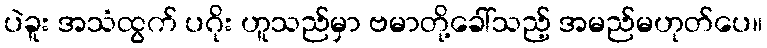
ပဲခူး အသံထွက် ပဂိုး ဟူသည်မှာ ဗမာတို့ခေါ်သည့် အမည်မဟုတ်ပေ။